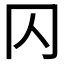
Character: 𠔿